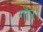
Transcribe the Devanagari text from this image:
गौर।